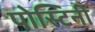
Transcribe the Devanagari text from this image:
पोस्टिनी